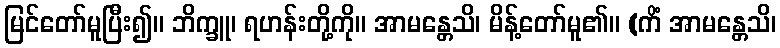
မြင်တော်မူပြီး၍။ ဘိက္ခူ၊ ရဟန်းတို့ကို။ အာမန္တေသိ၊ မိန့်တော်မူ၏။ (ကိံ အာမန္တေသိ၊